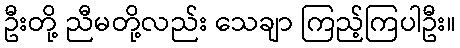
ဦးတို့ ညီမတို့လည်း သေချာ ကြည့်ကြပါဦး။